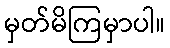
မှတ်မိကြမှာပါ။